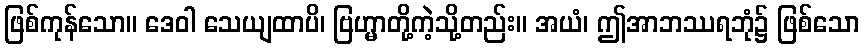
ဖြစ်ကုန်သော။ ဒေဝါ သေယျထာပိ၊ ဗြဟ္မာတို့ကဲ့သို့တည်း။ အယံ၊ ဤအာဘဿရဘုံ၌ ဖြစ်သော